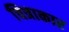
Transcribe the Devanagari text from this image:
चित्राकार